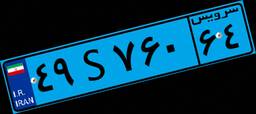
۰۴S۲۱۴۹۵